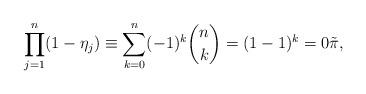
LaTeX: \begin{align*}\prod_{j=1}^n (1 - \eta_j) \equiv \sum_{k=0}^n (-1)^k \binom{n}{k} = (1 - 1)^k = 0 \tilde \pi,\end{align*}